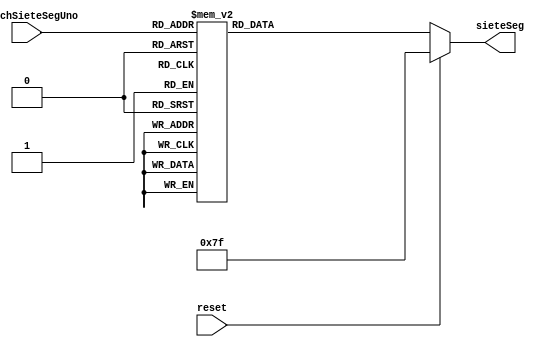
`timescale 1ns / 1ps
//////////////////////////////////////////////////////////////////////////////////
// Company: 
// Engineer: 
// 
// Design Name: 
// Module Name:    Deco_7Seg 
// Project Name: 
// Target Devices: 
// Tool versions: 
// Description: 
//
// Dependencies: 
//
// Revision: 
// Revision 0.01 - File Created
// Additional Comments: 
//
//////////////////////////////////////////////////////////////////////////////////
module Deco_7Seg(
	input [2:0] switchSieteSegUno,
	input wire reset,
	output reg [6:0] sieteSeg
    );
	 
//localparam En0= 1'b1;

   always @*
	begin
	
      if (reset)
          sieteSeg <= 7'b1111111;
      else
			begin
         case (switchSieteSegUno)
            3'b000  : sieteSeg  <= 7'b0100100;
            3'b001  : sieteSeg  <= 7'b0100100;
            3'b010  : sieteSeg <=  7'b0100100;
            3'b011  : sieteSeg <= 7'b0100100;
            3'b100  : sieteSeg <=  7'b0100100;
            3'b101  : sieteSeg <=  7'b0100100;
            3'b110  : sieteSeg <=  7'b0110000;
            3'b111  : sieteSeg <=  7'b0110000;
            default : sieteSeg <=  7'b0110000;
         endcase
			end
		end


endmodule